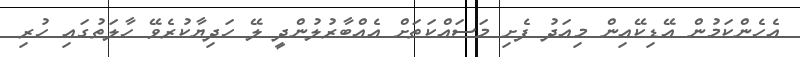
އެހެންކަމުން އޭޑިކޭއިން މިއަދު ފެށި މަސައްކަތަށް އެއްބާރުލުންދީ ލޭ ހަދިޔާކުރެވޭ ހާލަތުގައި ހުރި